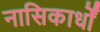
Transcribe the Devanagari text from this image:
नासिकार्धों